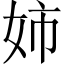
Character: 姉